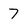
Character: 7